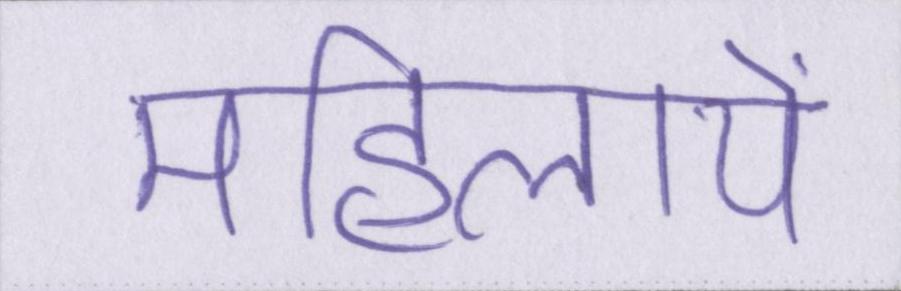
महिलायें